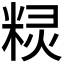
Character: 𮇤